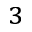
_ { 3 }